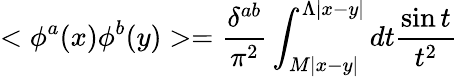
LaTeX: <\phi^{a}(x)\phi^{b}(y)>=\frac{\delta^{ab}}{\pi^{2}}\int_{M|x-y|}^{\Lambda|x-y|}dt\frac{\sin t}{t^{2}}